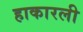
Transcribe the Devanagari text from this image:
हाकारली